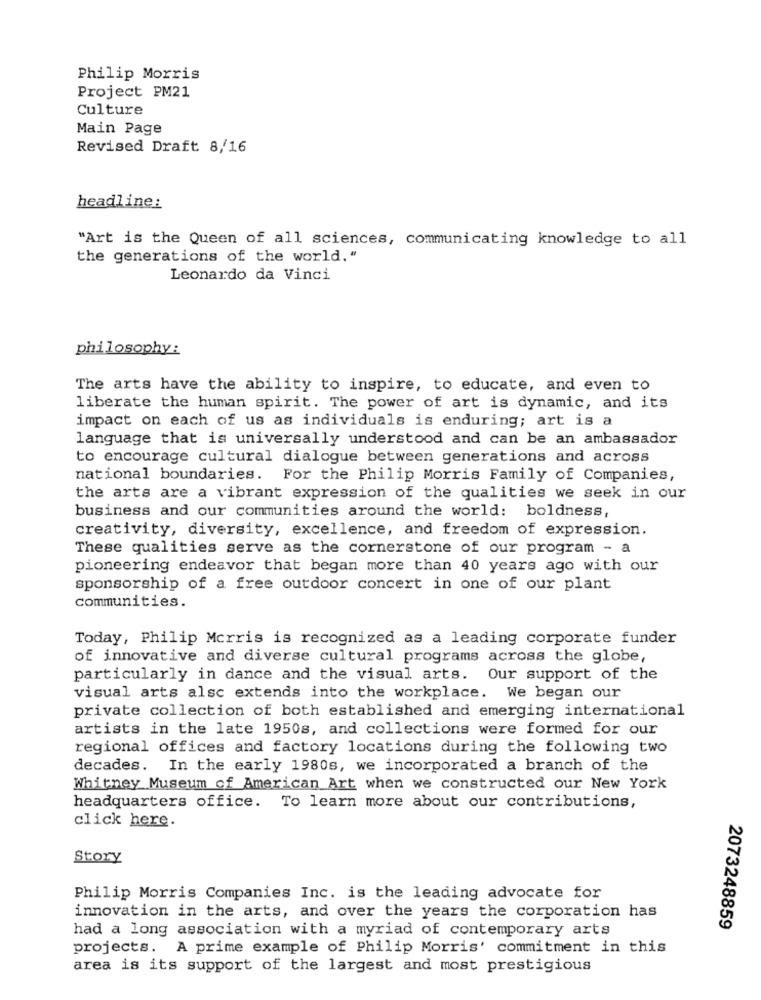
Philip Morris
Project PM21
Culture
Main Page
Revised Draft 8/16
headline:
"Art is the Queen of all sciences, communicating knowledge to all
the generations of the world."
Leonardo da Vinci
philosophy:
The arts have the ability to inspire, to educate, and even to
liberate the human spirit. The power of art is dynamic, and its
impact on each of us as individuals is enduring; art is a
language that is universally understood and can be an ambassador
to encourage cultural dialogue between generations and across
national boundaries. For the Philip Morris Family of Companies,
the arts are a vibrant expression of the qualities we seek in our
business and our communities around the world: boldness,
creativity, diversity, excellence, and freedom of expression.
These qualities serve as the cornerstone of our program - a
pioneering endeavor that began more than 40 years ago with our
sponsorship of a free outdoor concert in one of our plant
Communities.
Today, Philip Morris is recognized as a leading corporate funder
of innovative and diverse cultural programs across the globe,
particularly in dance and the visual arts. Our support of the
visual arts alsc extends into the workplace. We began our
private collection of both established and emerging international
artists in the late 1950s, and collections were formed for our
regional offices and factory locations during the following two
decades. In the early 1980s, we incorporated a branch of the
Whitney Museum of American Art when we constructed our New York
headquarters office. To learn more about our contributions,
click here.
Story
Philip Morris Companies Inc. is the leading advocate for
innovation in the arts, and over the years the corporation has
had a long association with a myriad of contemporary arts
2073248859
projects. A prime example of Philip Morris' commitment in this
area is its support of the largest and most prestigious